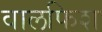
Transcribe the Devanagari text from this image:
वालफिश